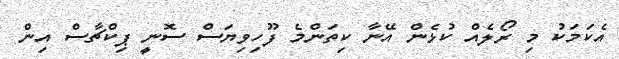
އެކަމަކު މި ރޯލެއް ކުޅެން އޭނާ ކިތަންމެ ފޫހިވިޔަސް ސޮނީ ޕިކްޗާސް އިން